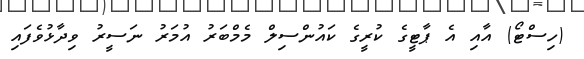
(ހިސްޓޯ) އާއި އެ ޕާޓީގެ ކުރީގެ ކައުންސިލް މެމްބަރު އުމަރު ނަސީރު ވިދާޅުވެފައި